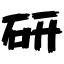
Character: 研